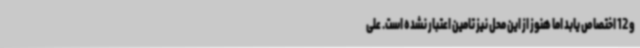
و 12 اختصاص یابد اما هنوز از این محل نیز تامین اعتبار نشده است. علی